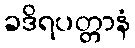
ခဒိရပတ္တာနံ